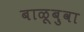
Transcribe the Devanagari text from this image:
बाळूबुवा